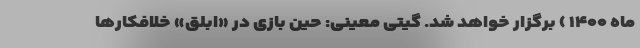
ماه ۱۴۰۰ ) برگزار خواهد شد. گیتی معینی: حین بازی در «ابلق» خلافکارها